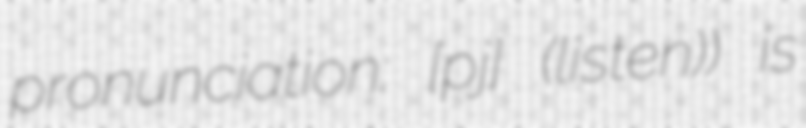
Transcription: pronunciation: [pjɛʁ] (listen)) is